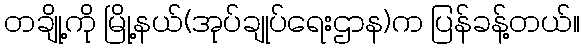
တချို့ကို မြို့နယ်(အုပ်ချုပ်ရေးဌာန)က ပြန်ခန့်တယ်။